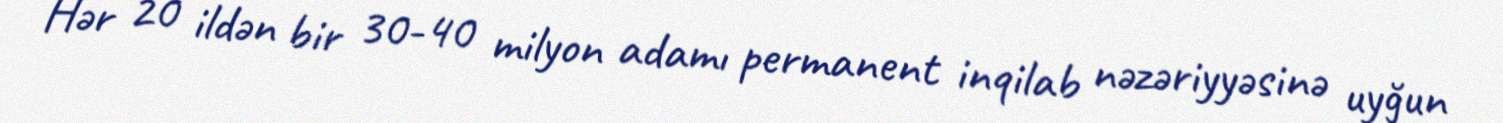
Hər 20 ildən bir 30-40 milyon adamı permanent inqilab nəzəriyyəsinə uyğun